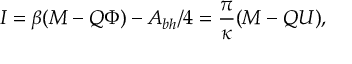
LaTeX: I = \beta ( M - Q \Phi ) - { \cal A } _ { b h } / 4 = \frac { \pi } { \kappa } ( M - Q U ) ,